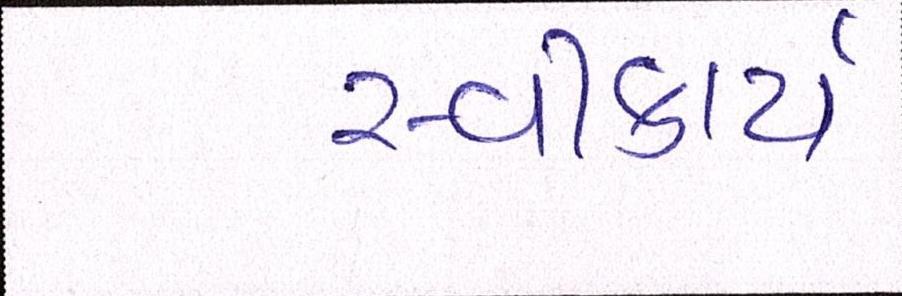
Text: સ્વીકાર્ય